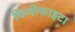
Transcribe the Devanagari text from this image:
फियोफाइटा